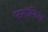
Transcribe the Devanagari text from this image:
एटमॉस्फ़ियर